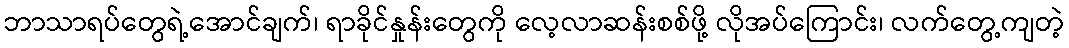
ဘာသာရပ်တွေရဲ့အောင်ချက်၊ ရာခိုင်နှုန်းတွေကို လေ့လာဆန်းစစ်ဖို့ လိုအပ်ကြောင်း၊ လက်တွေ့ကျတဲ့